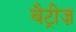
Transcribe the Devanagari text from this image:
बैट्रीज़